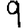
Digit: 9